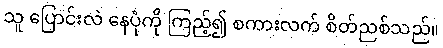
သူ ပြောင်းလဲ နေပုံကို ကြည့်၍ စကားလက် စိတ်ညစ်သည်။